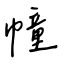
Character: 幢